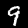
Label: 9